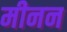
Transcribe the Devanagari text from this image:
मीनन